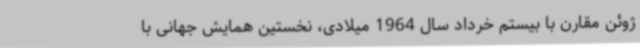
ژوئن مقارن با بیستم خرداد سال 1964 میلادی، نخستین همایش‌ جهانی با